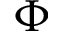
\Phi